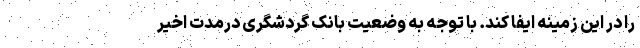
را در این زمینه ایفا کند. با توجه به وضعیت بانک گردشگری درمدت اخیر